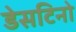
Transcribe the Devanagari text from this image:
डेसटिनो